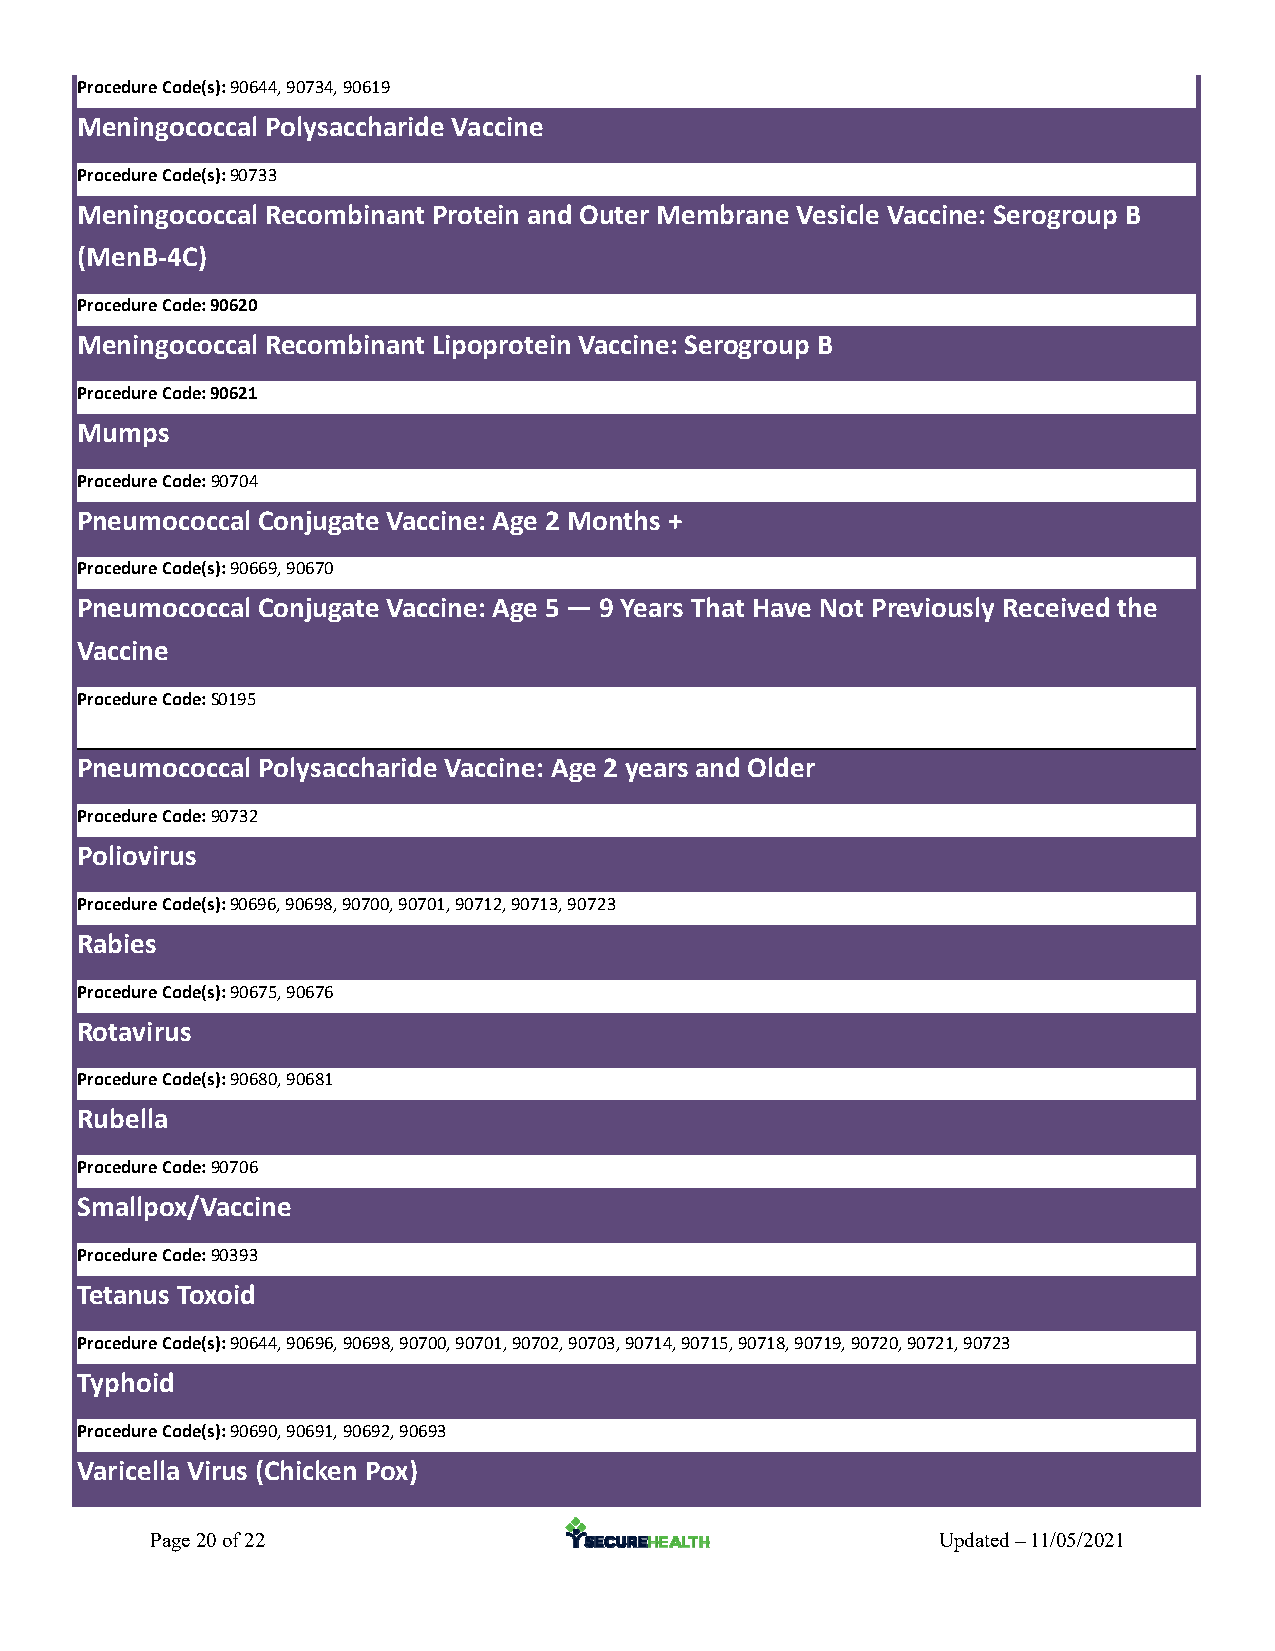
Procedure Code(s): 90644, 90734, 90619
 Meningococcal Polysaccharide Vaccine
 Procedure Code(s): 90733
 Meningococcal Recombinant Protein and Outer Membrane Vesicle Vaccine: Serogroup B
 (MenB‐4C)
 Procedure Code: 90620
 Meningococcal Recombinant Lipoprotein Vaccine: Serogroup B
 Procedure Code: 90621
 Mumps
 Procedure Code: 90704
 Pneumococcal Conjugate Vaccine: Age 2 Months +
 Procedure Code(s): 90669, 90670
 Pneumococcal Conjugate Vaccine: Age 5 — 9 Years That Have Not Previously Received the
 Vaccine
 Procedure Code: S0195
 Pneumococcal Polysaccharide Vaccine: Age 2 years and Older
 Procedure Code: 90732
 Poliovirus
 Procedure Code(s): 90696, 90698, 90700, 90701, 90712, 90713, 90723
 Rabies
 Procedure Code(s): 90675, 90676
 Rotavirus
 Procedure Code(s): 90680, 90681
 Rubella
 Procedure Code: 90706
 Smallpox/Vaccine
 Procedure Code: 90393
 Tetanus Toxoid
 Procedure Code(s): 90644, 90696, 90698, 90700, 90701, 90702, 90703, 90714, 90715, 90718, 90719, 90720, 90721, 90723
 Typhoid
 Procedure Code(s): 90690, 90691, 90692, 90693
 Varicella Virus (Chicken Pox)
 Page 20 of 22                                       Updated – 11/05/2021